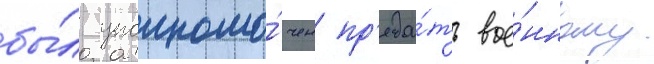
бы́л уполномо́чен пр'еда́ть вое́нному